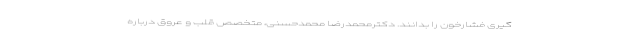
گیری فشارخون را بدانند. دکترمحمدرضا محمدحسنی، متخصص قلب و عروق درباره